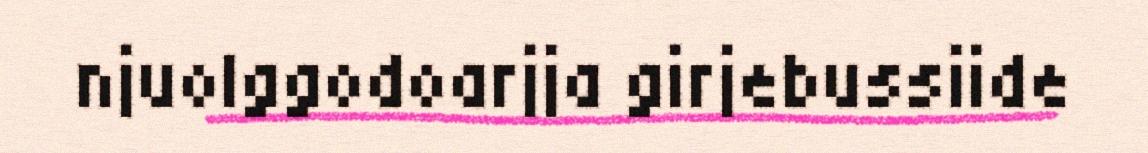
njuolggodoarjja girjebussiide